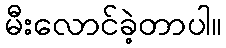
မီးလောင်ခဲ့တာပါ။